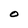
Character: o